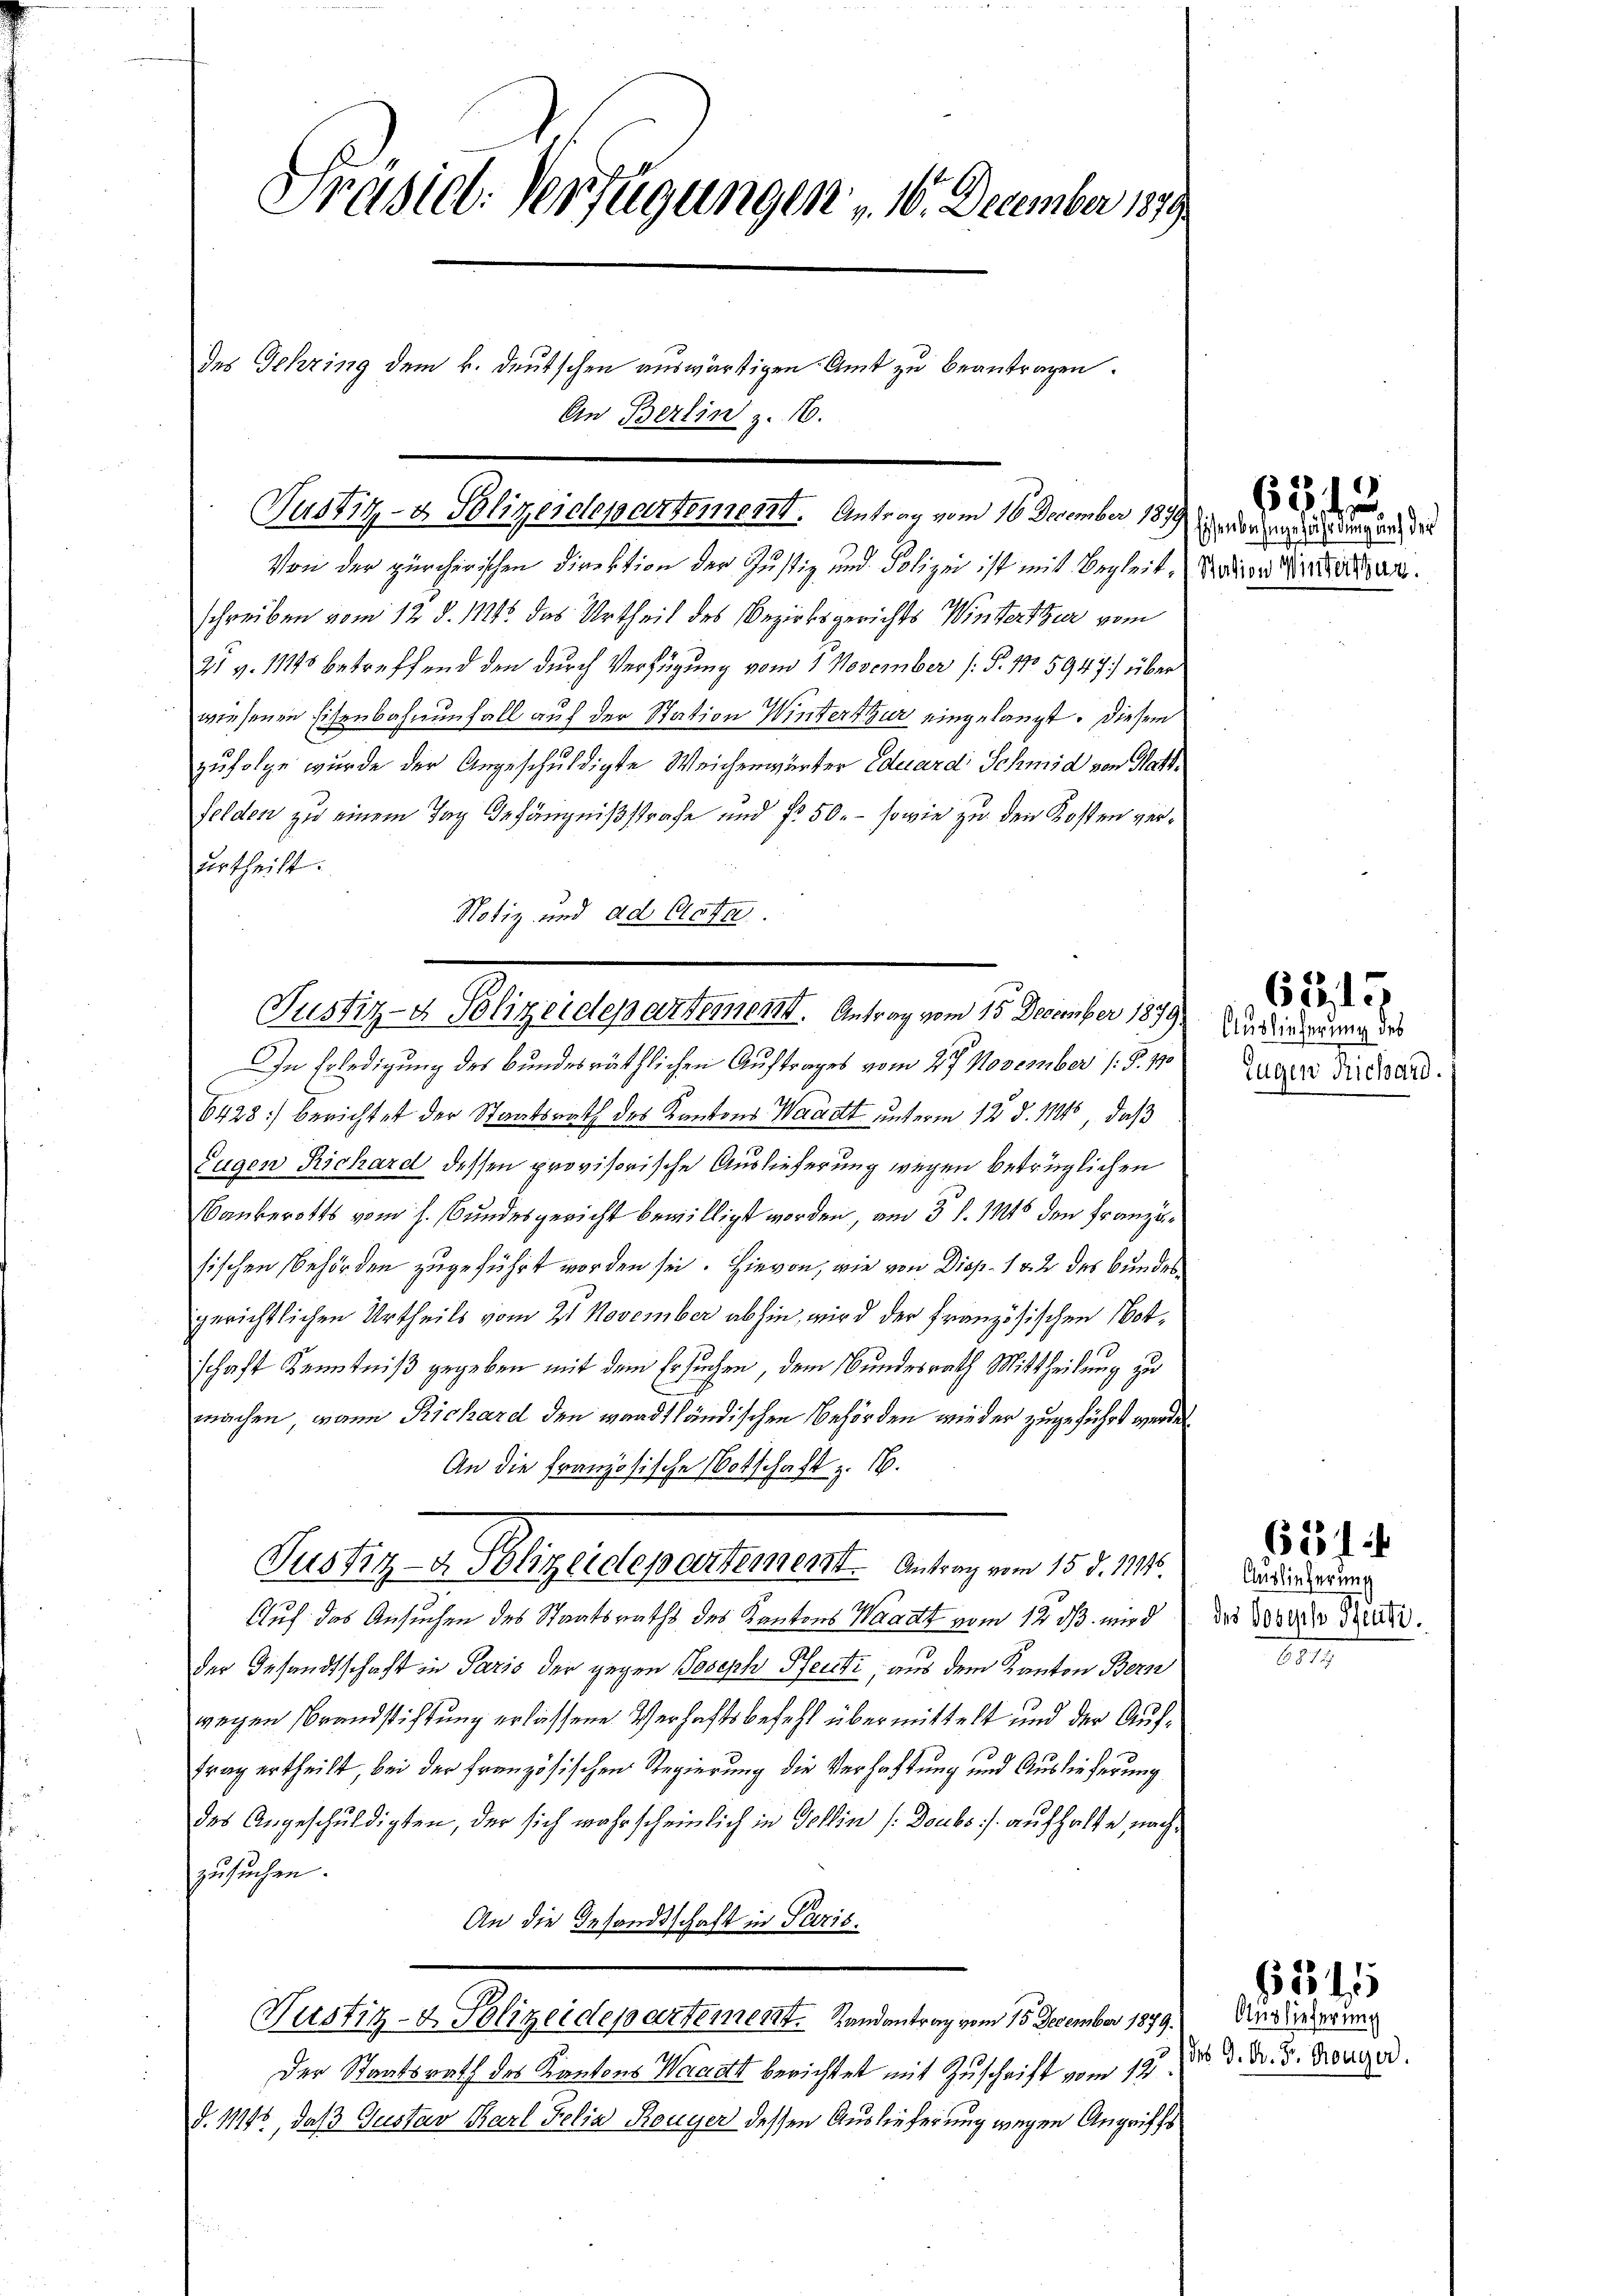
Präsid. Verfügungen 16. December 1879

des Gehring dem k. deutschen auswärtigen Amt zu beantragen.
An Berlin z. 16.

Justiz- & Polizeidepartement. Antrag vom 16. December 189 erbenen dingenden

Von der zürcherischen Direktion der Justiz und Polizei ist mit Begleit. Median Dinterthan.
schreiben vom 12. d. 1114. das Urtheil des Bezirksgerichts Winterthur vom
21 v. 1848 betreffend den durch Verfügung vom 1. November (: P. No 5947) über
wiesenen Eisenbahnenfall auf der Station Winterthur eingelangt. Diesem
zufolge wurde der Angeschuldigte Weichenwärter Eduard Schmid von Matt¬
Felden zu einem Tag Gefängnißstrafe und fr 50. – sowie zu den Kosten verurtheilt.
Notiz und ad Acta.
In Erledigung des bundesräthlichen Auftrages vom 27. November (§. 190
6428) berichtet der Staatsrath des Kantons Waadt unterm 12. d. 114, daß
Eugen Richard dessen provisorische Auslieferung wegen betrüglichen
Bankerotts vom h. Bundesgericht bewilligt worden, am 3. d. 115 den Franzusischen Behörden zugeführt worden sei. Hievon, wie von Disp. 1 & 2 des Bundes
gerichtlichen Urtheils vom 21. November abhin, wird der Französischen Notschaft Kenntniß gegeben mit dem Ersuchen, dem Bundesrath Mittheilung zu
machen, wann Richard den waadtländischen Behörden wieder zugeführt werde
An die Französische Botschaft z. 16.
Justiz- u. Polizeidenentement. Antrag vom 15. d. M.
Auf das Ansuchen des Staatsraths des Kantons Waadt vom 12. dß wird (das 20000 f 1
der Gesandtschaft in Paris der gegen Joseph Renti, aus dem Kanton Bern
wegen Brandstiftung erlassene Verhaftsbefehl übermittelt und der Auftrag ertheilt, bei der Französischen Regierung die Verhaftung und Auslieferung
des Angeschuldigten, der sich wahrscheinlich in Gelin /: Doubs / aufhalte, nach
zusuchen.
An die Gesandtschaft in Paris.
Justiz- & Polizeidepartement. Landantrag vom 15. December 1879.
Der Staatsrath des Kantons Waadt berichtet mit Zuschrift vom 19. d. d. d. d. Konzer.
d. 11115, daß Gustav Karl Felia Rouyer dessen Auslieferung wegen Angriffs

Justiz- & Polizeidepartement. Antrag vom 15. December 1879 Anrieduren des

6542.

Eugen Richard.

63, 15.

621

Auslieferung

881

621

Auslieferung